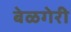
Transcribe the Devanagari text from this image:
बेळगेरी